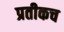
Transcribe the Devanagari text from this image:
प्रतीकच